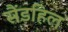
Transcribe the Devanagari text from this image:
सैंडहिल